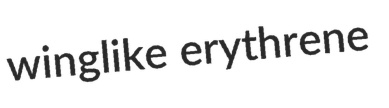
winglike erythrene